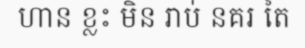
ហាន ខ្លះ មិន រាប់ នគរ តៃ